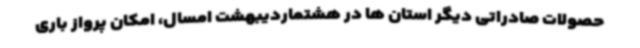
حصولات صادراتی دیگر استان ها در هشتماردیبهشت امسال، امکان پرواز باری